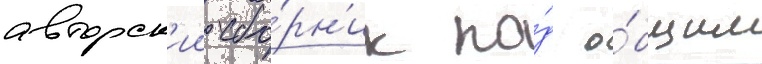
авторск'ии сбо́рн'ик по́д о́бщим